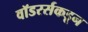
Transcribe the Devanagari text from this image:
वॉडरर्सकडून